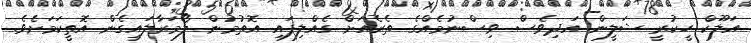
އަލޫކް ހީކުރީ ޝަލީން އަދިވެސް ވިސްނުމެއްގެ ތެރެއަށް ގެއްލިފައި އޮތުމުން ލޯމަރާލައިގެން އޮތީކަމަށެވެ.